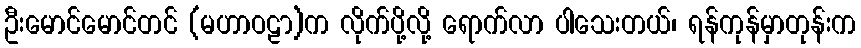
ဦးမောင်မောင်တင် (မဟာဝဠာ)က လိုက်ပို့လို့ ရောက်လာ ပါသေးတယ်၊ ရန်ကုန်မှာတုန်းက